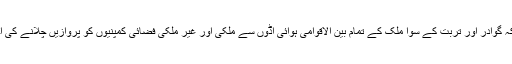
بتایا گیا ہے کہ گوادر اور تربت کے سوا ملک کے تمام بین الاقوامی ہوائی اڈوں سے ملکی اور غیر ملکی فضائی کمپنیوں کو پروازیں چلانے کی اجازت ہو گی۔